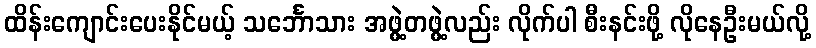
ထိန်းကျောင်းပေးနိုင်မယ့် သင်္ဘောသား အဖွဲ့တဖွဲ့လည်း လိုက်ပါ စီးနင်းဖို့ လိုနေဦးမယ်လို့